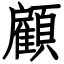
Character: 顧